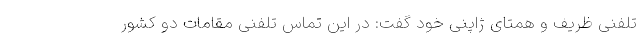
تلفنی ظریف و همتای ژاپنی خود گفت: در این تماس تلفنی مقامات دو کشور